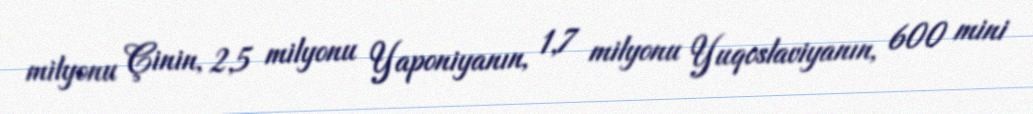
milyonu Çinin, 2,5 milyonu Yaponiyanın, 1,7 milyonu Yuqoslaviyanın, 600 mini